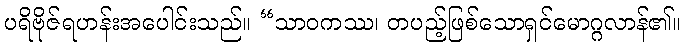
ပရိဗိုဇ်ရဟန်းအပေါင်းသည်။ “သာဝကဿ၊ တပည့်ဖြစ်သောရှင်မောဂ္ဂလာန်၏။